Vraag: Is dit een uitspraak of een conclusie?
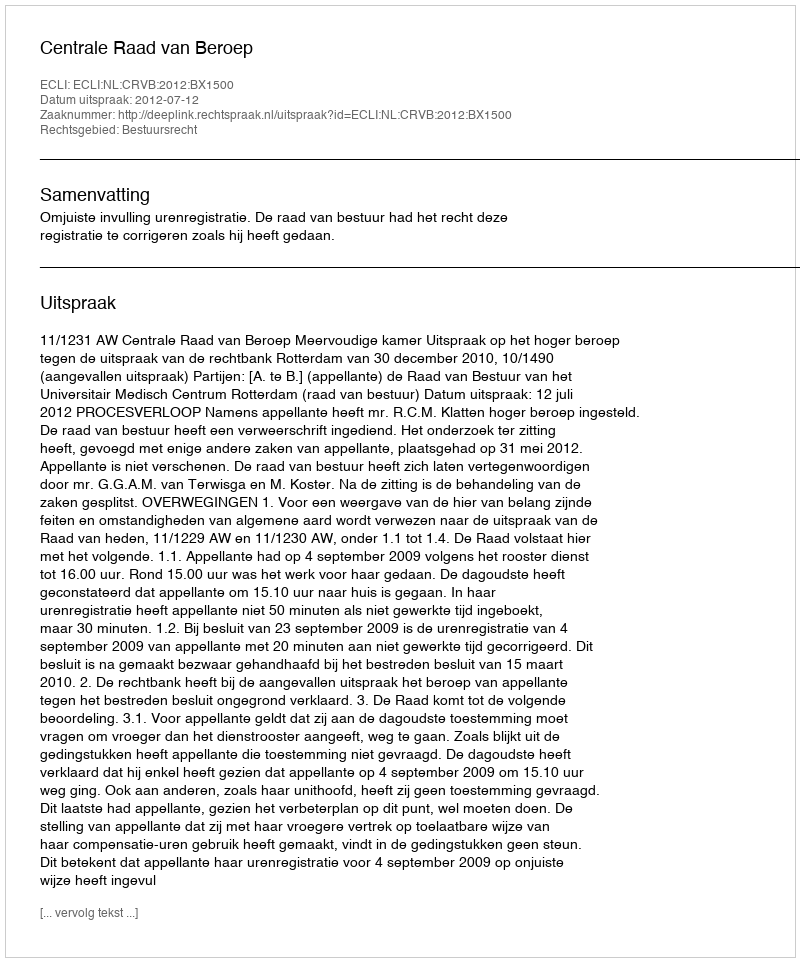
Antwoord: Uitspraak